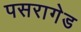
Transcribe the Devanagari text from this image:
पसरागेड